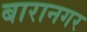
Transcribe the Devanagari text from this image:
बारानगर